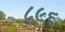
૮૯૬